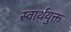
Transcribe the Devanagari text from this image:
स्वार्थयुक्त